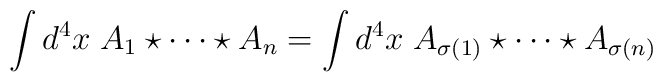
\int d^4x\;A_1\star\cdots \star  A_n=\int d^4x\;A_{\sigma(1)}\star\cdots\star A_{\sigma(n)}